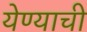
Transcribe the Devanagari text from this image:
येण्‍याची